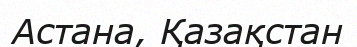
Астана, Қазақстан